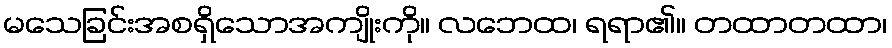
မသေခြင်းအစရှိသောအကျိုးကို။ လဘေထ၊ ရရာ၏။ တထာတထာ၊